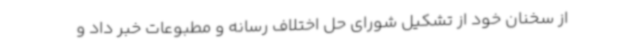
از سخنان خود از تشکیل شورای حل اختلاف رسانه و مطبوعات خبر داد و ‌